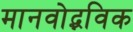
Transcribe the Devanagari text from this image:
मानवोद्भविक